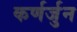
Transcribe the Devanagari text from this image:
कर्णर्जुन